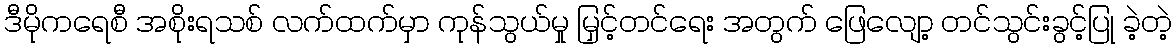
ဒီမိုကရေစီ အစိုးရသစ် လက်ထက်မှာ ကုန်သွယ်မှု မြှင့်တင်ရေး အတွက် ဖြေလျော့ တင်သွင်းခွင့်ပြု ခဲ့တဲ့